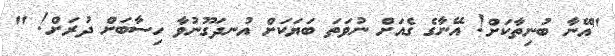
"އޭނާ ބުނިތާކަށް! އޭނާގެ ގެއަށް ނުވަތަ ބަޔަކަށް އުނދަގޫނުވާ ހިސާބަށް ދުރަށް! "